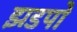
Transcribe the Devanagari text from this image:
झडपों